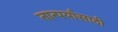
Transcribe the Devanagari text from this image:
तात्पर्यांसाठी